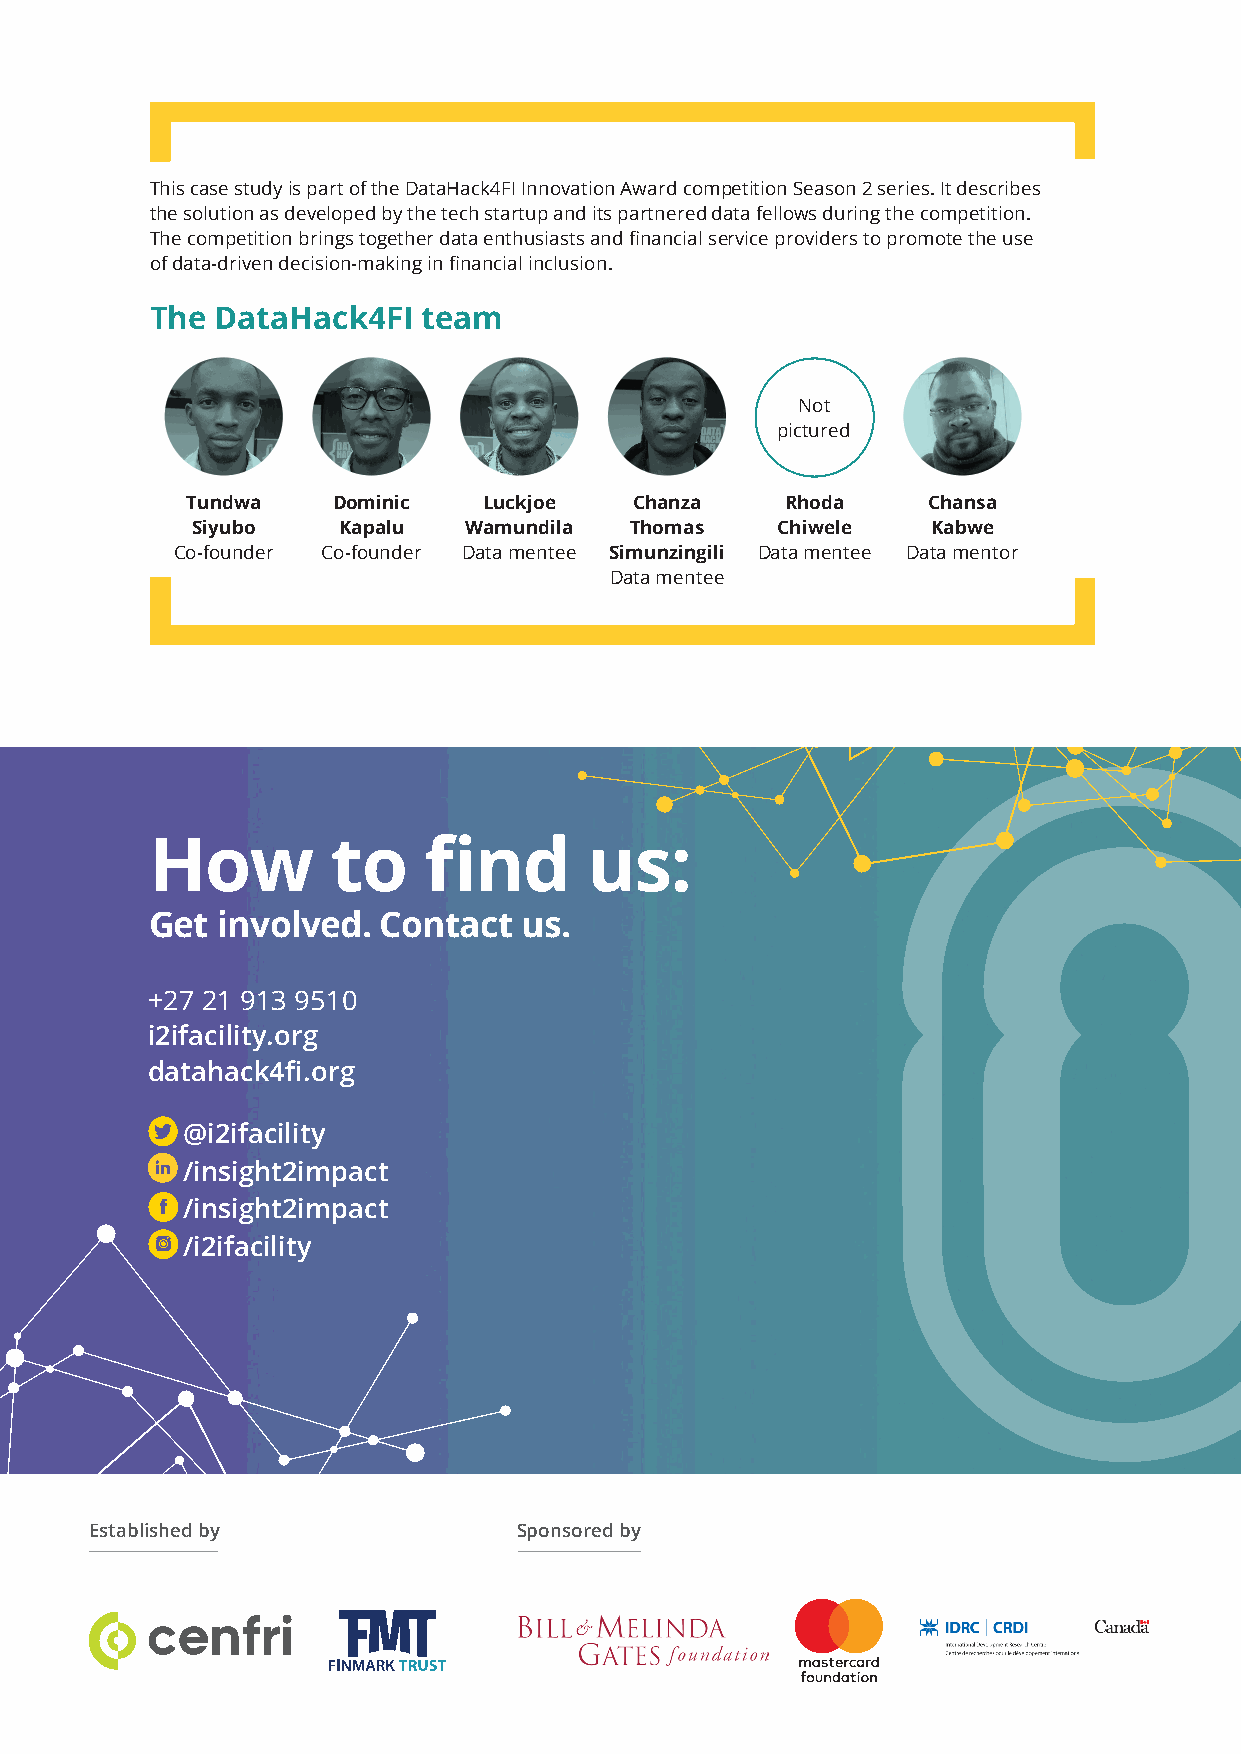
This case study is part of the DataHack4FI Innovation Award competition Season 2 series. It describes
 the solution as developed by the tech startup and its partnered data fellows during the competition.
 The competition brings together data enthusiasts and financial service providers to promote the use
 of data-driven decision-making in financial inclusion.
 The DataHack4FI   team
 Not
 pictured
 Tundwa    Dominic   Luckjoe   Chanza    Rhoda    Chansa
 Siyubo   Kapalu   Wamundila  Thomas   Chiwele    Kabwe
 Co-founder Co-founder Data mentee Simunzingili Data mentee Data mentor
 Data mentee
 How         to    find       us:
 Get involved.  Contact   us.
 +27 21 913 9510
 i2ifacility.org
 datahack4fi.org
 @i2ifacility
 /insight2impact
 /insight2impact
 /i2ifacility
 Established by              Sponsored by